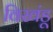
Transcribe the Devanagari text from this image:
विखंडू